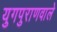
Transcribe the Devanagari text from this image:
युगपुराणवाले